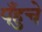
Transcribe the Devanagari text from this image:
पँहुचे